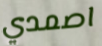
اصمدي